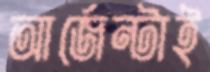
আর্জেন্টাই